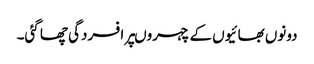
دونوں بھائیوں کے چہروںپر افسردگی چھا گئی۔